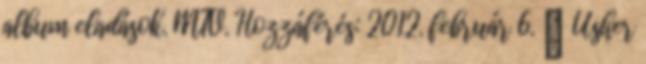
album eladások. MTV. Hozzáférés: 2012. február 6. ↑ Usher